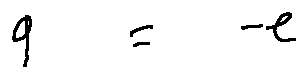
q = - e